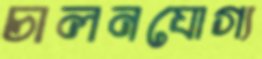
চালনযোগ্য